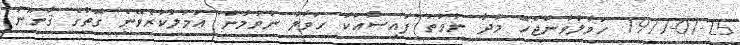
1977-07-25 ހަވާލުވާންޖެހޭ މުދާ ނުވަތަ ފައިސާއަކާ ހަވާލު ނުވުމުން ޢަމަލުކުރެވޭނެ ގޮތުގެ ޤާނޫނު